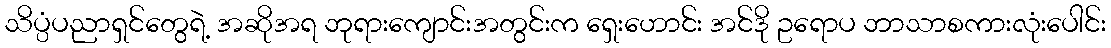
သိပ္ပံပညာရှင်တွေရဲ့ အဆိုအရ ဘုရားကျောင်းအတွင်းက ရှေးဟောင်း အင်ဒို ဥရောပ ဘာသာစကားလုံးပေါင်း